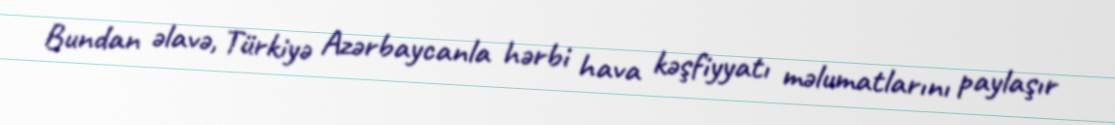
Bundan əlavə, Türkiyə Azərbaycanla hərbi hava kəşfiyyatı məlumatlarını paylaşır